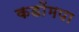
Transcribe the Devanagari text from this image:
कडोंमपा